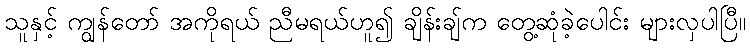
သူနှင့် ကျွန်တော် အကိုရယ် ညီမရယ်ဟူ၍ ချိန်းချ်က တွေ့ဆုံခဲ့ပေါင်း များလှပါပြီ။